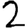
Digit: 2